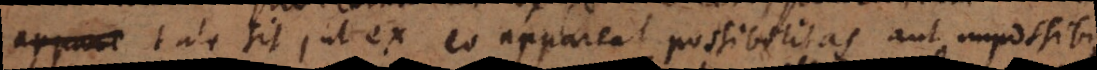
appare tale sit, ut ex eo appareat possibilitas aut impossibi